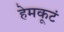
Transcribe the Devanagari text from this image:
हेमकूटं